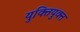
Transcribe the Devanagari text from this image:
युक्‍ितयुक्‍त